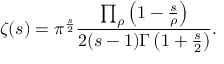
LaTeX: \zeta ( s ) = \pi ^ { \frac { s } { 2 } } { \frac { \prod _ { \rho } \left( 1 - { \frac { s } { \rho } } \right) } { 2 ( s - 1 ) \Gamma \left( 1 + { \frac { s } { 2 } } \right) } } .